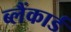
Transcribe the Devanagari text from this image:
ब्लैंकार्ड